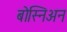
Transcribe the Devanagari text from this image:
बोस्निअन